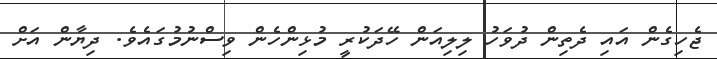
ޖެހިގެން އައި ދެތިން ދުވަހު ލިލިއަން ހޭދަކުރީ މުޅިންހެން ވިސްނުމުގައެވެ. ދިޔާން އަށް